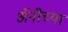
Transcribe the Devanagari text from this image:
अॅनीच्या